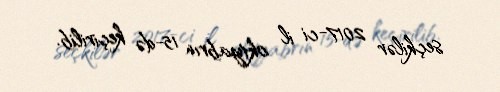
seçkilər 2017-ci il oktyabrın 15-də keçirilib.